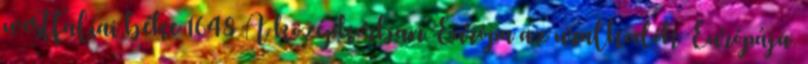
westfaliai béke 1648 A középkorban Európa az uralkodók Európája.